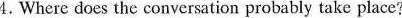
4.Where does the conversation probably take place?